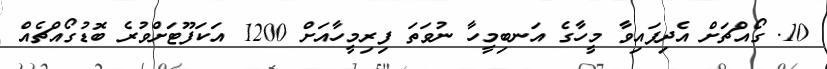
10. ގޯއްޗަށް އެދިފައިވާ މީހާގެ އަނބިމީހާ ނުވަތަ ފިރިމީހާއަށް 1200 އަކަފޫޓަށްވުރެ ބޮޑުގޯއްޗެއް